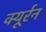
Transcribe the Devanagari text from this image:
क्यूर्रन